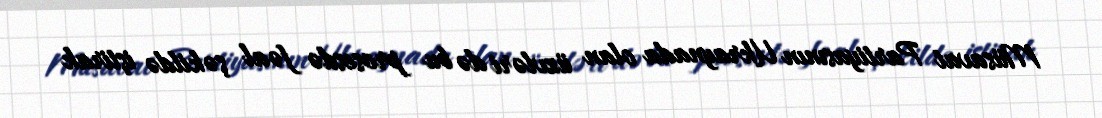
Müsavat Partiyasının Ukraynada olan üzvləri də bu prosesdə fəal şəkildə iştirak